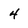
Character: 4